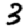
Digit: 3